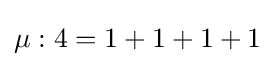
\mu :4=1+1+1+1